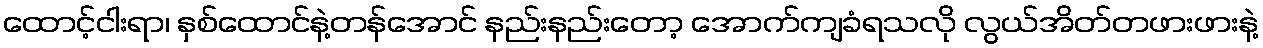
ထောင့်ငါးရာ၊ နှစ်ထောင်နဲ့တန်အောင် နည်းနည်းတော့ အောက်ကျခံရသလို လွယ်အိတ်တဖားဖားနဲ့